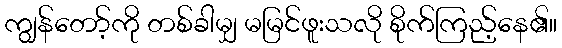
ကျွန်တော့်ကို တစ်ခါမျှ မမြင်ဖူးသလို စိုက်ကြည့်နေ၏။